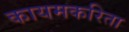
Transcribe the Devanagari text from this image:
कायमकरिता